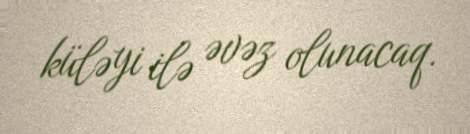
küləyi ilə əvəz olunacaq.